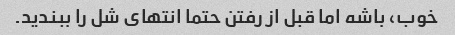
خوب، باشه اما قبل از رفتن حتما انتهای شل را ببندید.